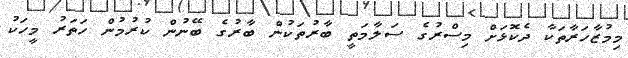
މިމުޒާހަރާތަކާ ދެކޮޅަށް މިސްރުގެ ސަލާމަތީ ބާރުތަކުން ބާރުގެ ބޭނުން ކުރުމުން ހަތަރު މީހަކު